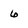
Character: 6